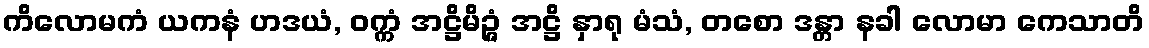
ကိလောမကံ ယကနံ ဟဒယံ, ဝက္ကံ အဋ္ဌိမိဉ္ဇံ အဋ္ဌိ နှာရု မံသံ, တစော ဒန္တာ နခါ လောမာ ကေသာတိ